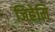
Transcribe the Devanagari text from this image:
जिह्रेमि